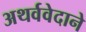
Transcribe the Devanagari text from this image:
अथर्ववेदाने